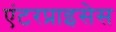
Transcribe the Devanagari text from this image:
एंटरप्राइसेस